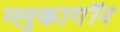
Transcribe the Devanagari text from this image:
ग्लुकागॉन